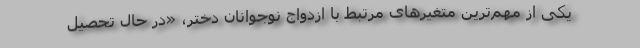
یکی از مهم‌ترین متغیرهای مرتبط با ازدواج نوجوانان دختر، «در حال تحصیل